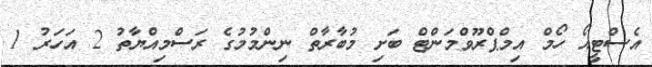
އެސްޓީއޯ ހޯމް އިމްޕްރޫވްމަންޓް ބަށި މުބާރާތް ނިންމުމުގެ ރަސްމިއްޔާތު 2 އަހަރު 1